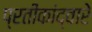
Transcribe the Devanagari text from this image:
प्रतीकांद्वारे